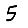
Digit: 5